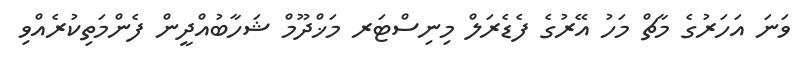
ވަނަ އަހަރުގެ މާޗް މަހު އޭރުގެ ފެޑެރަލް މިނިސްޓަރ މަޚްދޫމް ޝަހާބުއްދީން ފެންމަތިކުރެއްވި